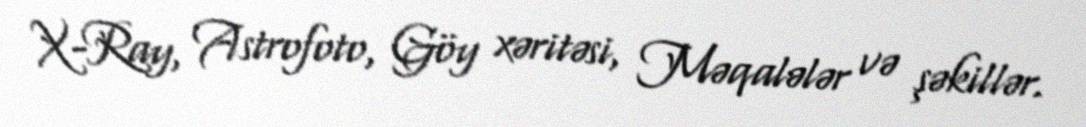
X-Ray, Astrofoto, Göy xəritəsi, Məqalələr və şəkillər.